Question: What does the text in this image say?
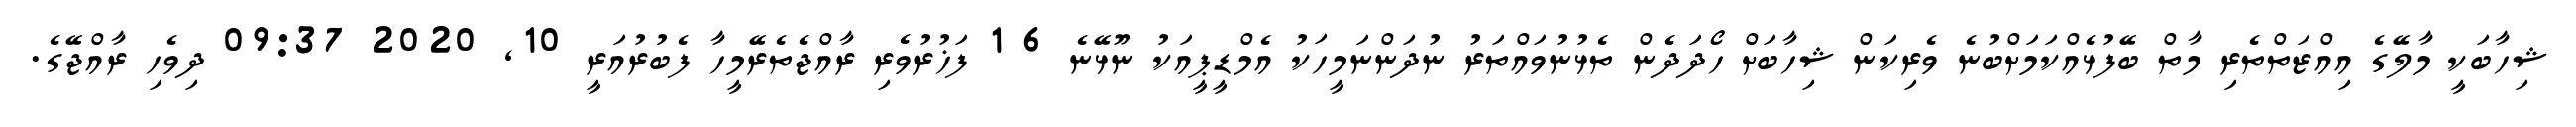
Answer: ޝިހާބަކީ މާލޭގެ އިއްޒަތްތެރި މާތް ބޭފުޅެއްކަމަށްބުނެ ވެރިކަން ޝިހާބަށް ހޯދަދެން ތެޅުނުވައްތަރު ނުދަންނަމީހަކު އެމްޑީޕީއަކު ނޫޅޭނެ 6 1 ފަޚުރުވެރި ރާއްޖެތެރޭމީހާ ފެބުރުއަރީ 10, 2020 09:37 ދިވެހި ރާއްޖޭގެ.